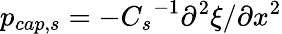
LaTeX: p_{cap,s}=-{C_{s}}^{-1}\partial^{2}\xi/\partial x^{2}